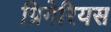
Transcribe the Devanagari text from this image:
ग्रिगेरियस